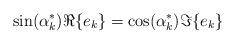
LaTeX: \begin{align*} \sin(\alpha_k^*) \Re\{e_k\} = \cos(\alpha_k^*) \Im\{e_k\}\end{align*}